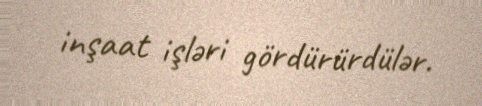
inşaat işləri gördürürdülər.